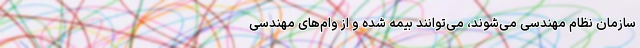
سازمان نظام مهندسی می‌شوند، می‌توانند بیمه شده و از وام‌های مهندسی